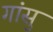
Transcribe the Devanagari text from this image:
गांसु